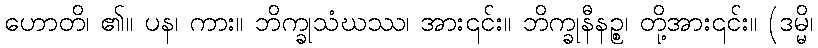
ဟောတိ၊ ၏။ ပန၊ ကား။ ဘိက္ခုသံဃဿ၊ အား၎င်း။ ဘိက္ခုနီနဉ္စ၊ တို့အား၎င်း။ (ဒမ္မိ၊